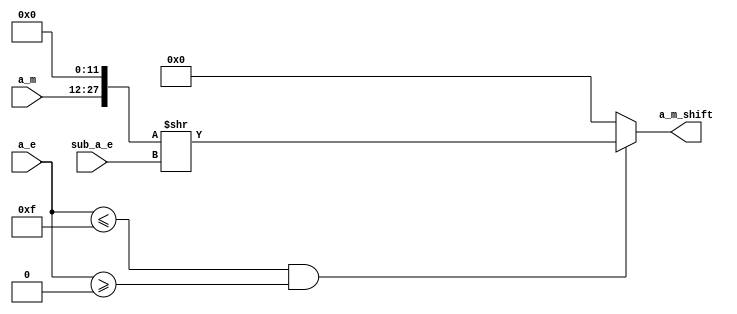
`define SIMULATION_MEMORY
//`define SIMULATION_addfp
`define VECTOR_DEPTH 64 //Q,K,V vector size
`define DATA_WIDTH 16
`define VECTOR_BITS 1024 // 16 bit each (16x64)
`define NUM_WORDS 32   //num of words in the sentence
`define BUF_AWIDTH 4 //16 entries in each buffer ram
`define BUF_LOC_SIZE 4 //4 words in each addr location
`define OUT_RAM_DEPTH 512 //512 entries in output bram
//`define EXPONENT 8
//`define MANTISSA 7
`define EXPONENT 5
`define MANTISSA 10
`define SIGN 1
`define DWIDTH (`SIGN+`EXPONENT+`MANTISSA)
`define DEFINES_DONE
`define DATAWIDTH (`SIGN+`EXPONENT+`MANTISSA)
`define IEEE_COMPLIANCE 1
`define NUM 4
`define ADDRSIZE 4

module am_shift_t (
  input [5:0] a_e,
  input [5:0] sub_a_e,
  input [15:0] a_m,
  output reg [27:0] a_m_shift);

always@(a_e or sub_a_e or a_m) begin
  if (a_e <= 15 && a_e >= 0 ) begin
    a_m_shift = {a_m,12'b0} >> sub_a_e;
	end
	else begin
		a_m_shift = 24'h0;
	end
  end
  
endmodule